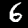
Digit: 6